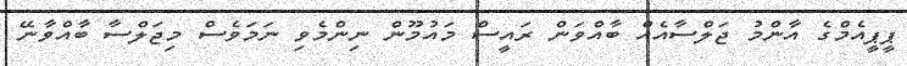
ޕީޕީއެމްގެ އާންމު ޖަލްސާއެއް ބާއްވަން ރައީސް މައުމޫން ނިންމެވި ނަމަވެސް މިޖަލްސާ ބާއްވާނޭ